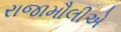
રાજામૌલીએ